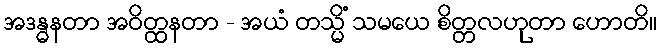
အဒန္ဓနတာ အဝိတ္ထနတာ - အယံ တသ္မိံ သမယေ စိတ္တလဟုတာ ဟောတိ။